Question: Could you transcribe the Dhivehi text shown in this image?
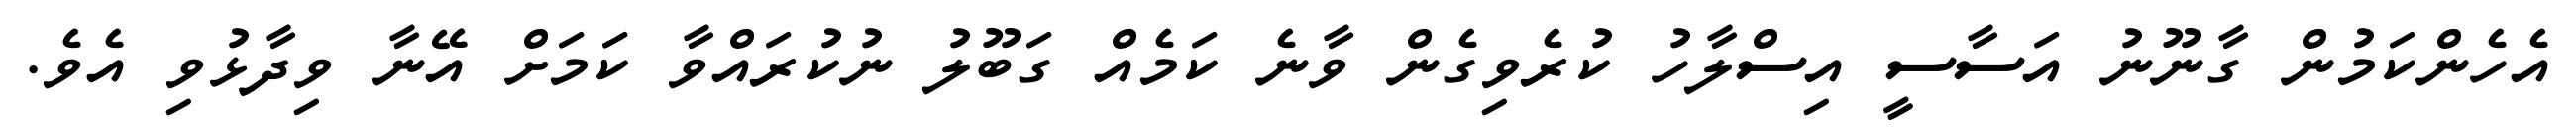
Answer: އެހެންކަމުން ގާނޫނު އަސާސީ އިސްލާހު ކުރެވިގެން ވާނެ ކަމެއް ގަބޫލު ނުކުރައްވާ ކަމަށް އޭނާ ވިދާޅުވި އެވެ.